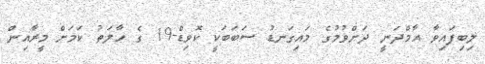
ލިބިފައިވާ އާމްދަނީ ދަށްވުމުގެ މައިގަނޑު ސަބަބަކީ ކޮވިޑް-19 ގެ ހާލަތު ކަމަށް މީރާއިން